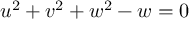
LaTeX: u ^ { 2 } + v ^ { 2 } + w ^ { 2 } - w = 0